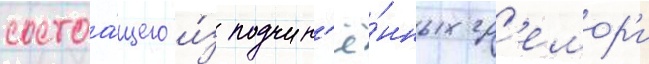
состоа́щего и́з подчин'ё́нных гр'емор'и